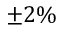
\pm 2 \%